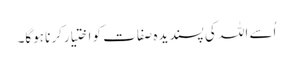
اُسے اللہ کی پسندیدہ صفات کو اختیارکرنا ہوگا۔